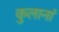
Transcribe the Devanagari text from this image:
कुलानां